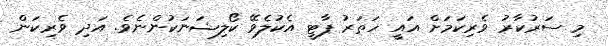
މި ސަރުކާރު ވެެރިކަމަށް އައީ ހަތަރު ޕާޓީ އެކުލެވޭ ކޯލިޝަނަކުންނެވެ. އަދި ވެރިކަން